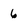
Character: 6